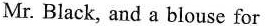
Mr. Black, and a blouse for